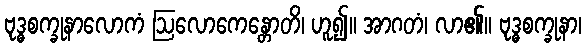
ဗုဒ္ဓစက္ခုနာလောကံ ဩလောကေန္တောတိ၊ ဟူ၍။ အာဂတံ၊ လာ၏။ ဗုဒ္ဓစက္ခုနာ၊